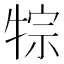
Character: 𤙷